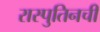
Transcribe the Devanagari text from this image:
रास्पुतिनची